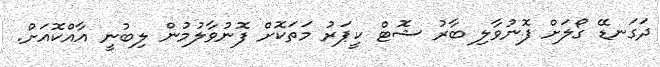
ދަގަނޑޭ ގޯލަށް ފޮނުވާލި ބާރު ޝޮޓް ކީޕަރު މަތަކޮށް ފޮނުވާލުމުން ލިބުނީ އާއްކޮއަށް.